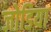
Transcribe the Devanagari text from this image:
जोडिया